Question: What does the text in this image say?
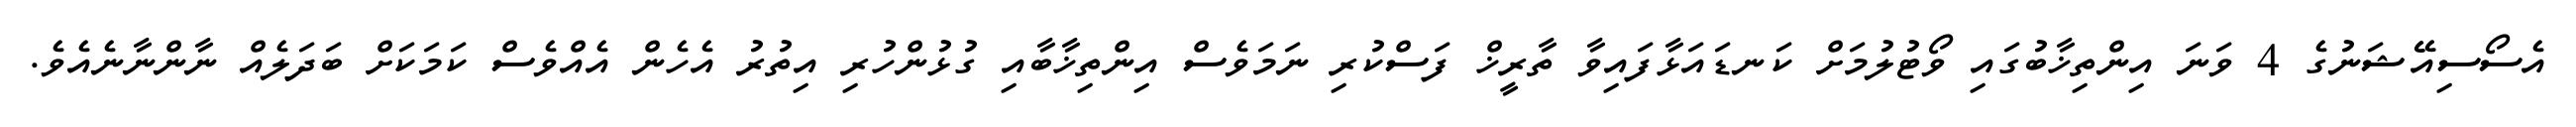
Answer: އެސޯސިއޭޝަނުގެ 4 ވަނަ އިންތިޚާބުގައި ވޯޓުލުމަށް ކަނޑައަޅާފައިވާ ތާރީޚް ފަސްކުރި ނަމަވެސް އިންތިޚާބާއި ގުޅުންހުރި އިތުރު އެހެން އެއްވެސް ކަމަކަށް ބަދަލެއް ނާންނާނެއެވެ.